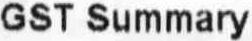
GST SUMMARY